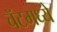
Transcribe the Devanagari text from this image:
चॅटमध्ये